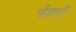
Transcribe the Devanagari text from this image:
पीडाएँ